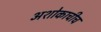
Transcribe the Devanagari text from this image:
अशोकाचीच